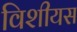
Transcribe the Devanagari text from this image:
विशीयस